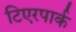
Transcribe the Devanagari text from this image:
टिएरपार्क